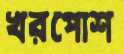
খরপোশ